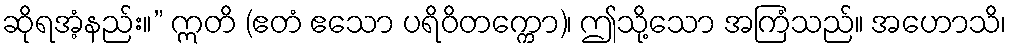
ဆိုရအံ့နည်း။” ဣတိ (ဧတံ ဧသော ပရိဝိတက္ကော)၊ ဤသို့သော အကြံသည်။ အဟောသိ၊